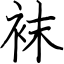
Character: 袜